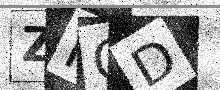
Text: ZPQD